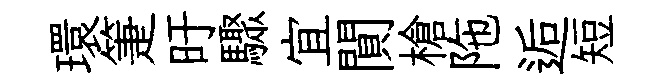
環箑旴驟宜閴槍陁逅短